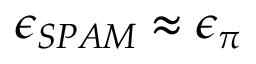
\epsilon _ { S P A M } \approx \epsilon _ { \pi }